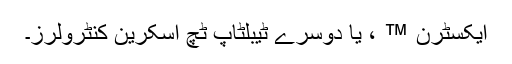
ایکسٹرن ™ ، یا دوسرے ٹیبلٹاپ ٹچ اسکرین کنٹرولرز۔